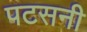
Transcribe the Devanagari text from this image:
पटसनी